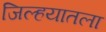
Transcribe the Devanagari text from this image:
जिल्हयातला